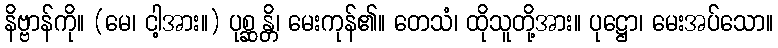
နိဗ္ဗာန်ကို။ (မေ၊ ငါ့အား။) ပုစ္ဆန္တိ၊ မေးကုန်၏။ တေသံ၊ ထိုသူတို့အား။ ပုဋ္ဌော၊ မေးအပ်သော။